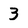
Character: 3